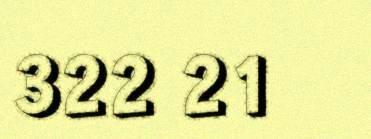
322 21